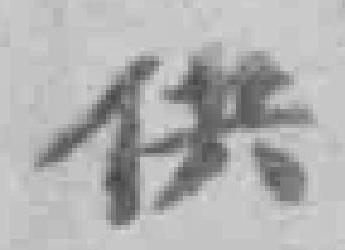
供